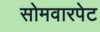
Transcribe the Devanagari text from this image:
सोमवारपेट